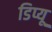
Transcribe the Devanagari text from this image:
डिप्यू